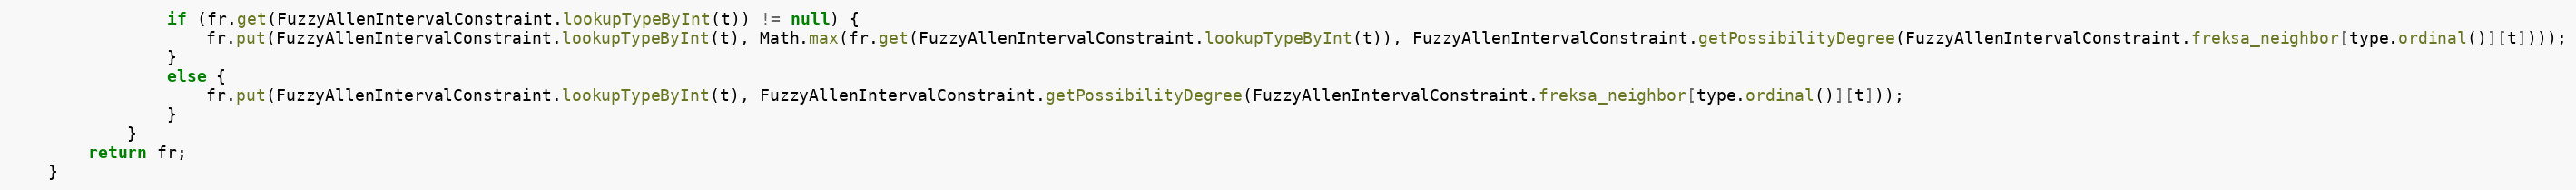
Language: Java
				if (fr.get(FuzzyAllenIntervalConstraint.lookupTypeByInt(t)) != null) {
					fr.put(FuzzyAllenIntervalConstraint.lookupTypeByInt(t), Math.max(fr.get(FuzzyAllenIntervalConstraint.lookupTypeByInt(t)), FuzzyAllenIntervalConstraint.getPossibilityDegree(FuzzyAllenIntervalConstraint.freksa_neighbor[type.ordinal()][t])));
				}
				else {
					fr.put(FuzzyAllenIntervalConstraint.lookupTypeByInt(t), FuzzyAllenIntervalConstraint.getPossibilityDegree(FuzzyAllenIntervalConstraint.freksa_neighbor[type.ordinal()][t]));
				}
			}
		return fr;
	}